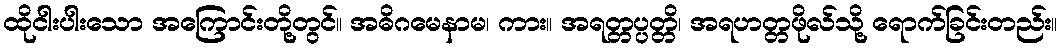
ထိုငါးပါးသော အကြောင်းတို့တွင်။ အဓိဂမေနာမ၊ ကား။ အရတ္တပ္ပတ္တိ၊ အရဟတ္တဖိုလ်သို့ ရောက်ခြင်းတည်း။